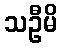
သဦမိ